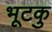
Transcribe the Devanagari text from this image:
भूटकु